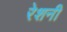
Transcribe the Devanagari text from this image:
रेशनी